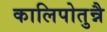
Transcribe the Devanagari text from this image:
कालिपोतुन्नै